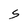
Character: S